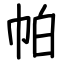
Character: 帕